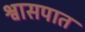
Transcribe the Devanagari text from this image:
श्वासपात